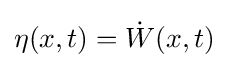
\eta (x,t)={\dot {W}}(x,t)